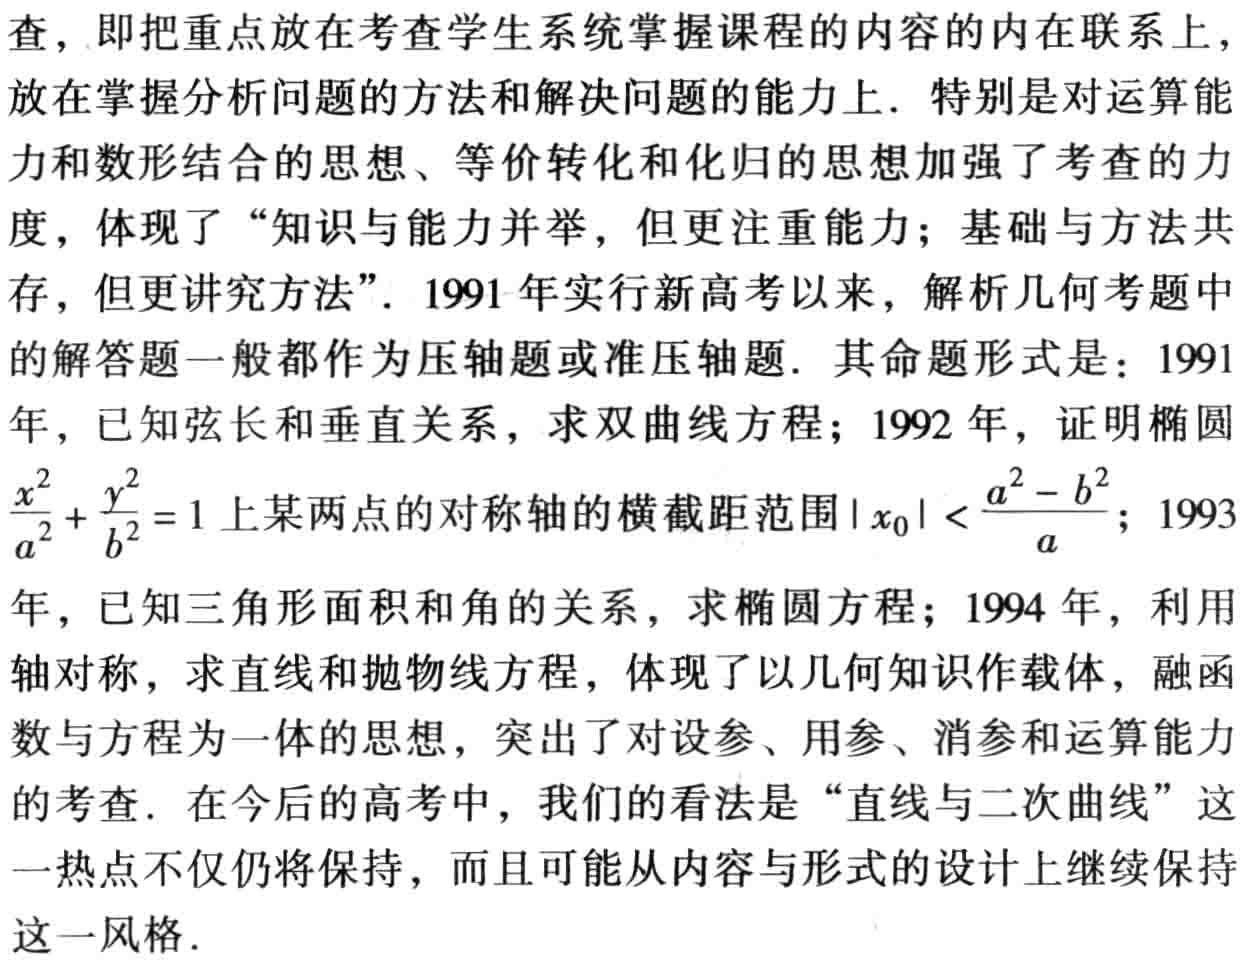
查，即把重点放在考查学生系统掌握课程的内容的内在联系上，放在掌握分析问题的方法和解决问题的能力上．特别是对运算能力和数形结合的思想、等价转化和化归的思想加强了考查的力度，体现了“知识与能力并举，但更注重能力；基础与方法共存，但更讲究方法”．1991 年实行新高考以来，解析几何考题中的解答题一般都作为压轴题或准压轴题．其命题形式是：1991年，已知弦长和垂直关系，求双曲线方程；1992 年，证明椭圆$\frac{x^{2}}{a^{2}}+\frac{y^{2}}{b^{2}} = 1$上某两点的对称轴的横截距范围$|x_{0}|\lt\frac{a^{2}-b^{2}}{a}$；1993年，已知三角形面积和角的关系，求椭圆方程；1994 年，利用轴对称，求直线和抛物线方程，体现了以几何知识作载体，融函数与方程为一体的思想，突出了对设参、用参、消参和运算能力的考查．在今后的高考中，我们的看法是“直线与二次曲线”这一热点不仅仍将保持，而且可能从内容与形式的设计上继续保持这一风格．